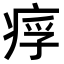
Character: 𤶖